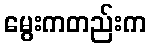
မွေးကတည်းက